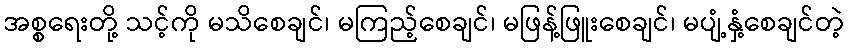
အစ္စရေးတို့ သင့်ကို မသိစေချင်၊ မကြည့်စေချင်၊ မဖြန့်ဖြူးစေချင်၊ မပျံ့နှံ့စေချင်တဲ့